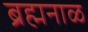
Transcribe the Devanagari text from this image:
ब्रह्मनाळ